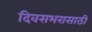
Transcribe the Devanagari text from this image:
दिवसभरासाठी